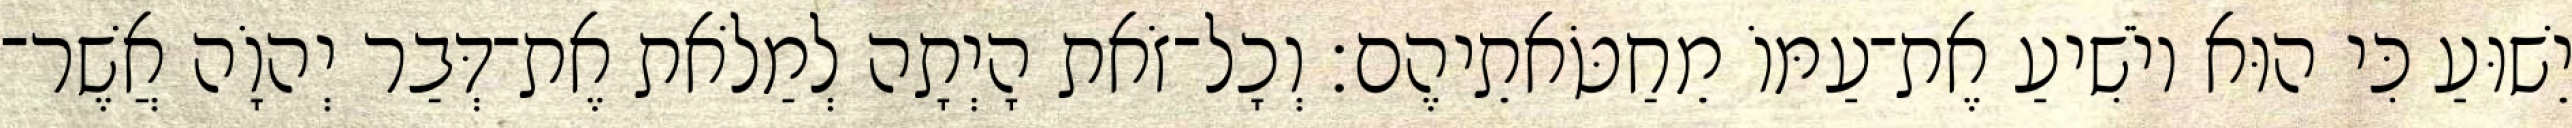
יֵשׁוּעַ כִּי הוּא יוֹשִׁיעַ אֶת־עַמּוֹ מֵחַטֹּאתֵיהֶם׃ וְכָל־זֹאת הָיְתָה לְמַלֹאת אֶת־דְּבַר יְהוָֹה אֲשֶׁר־